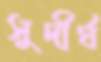
সুদীর্ঘ